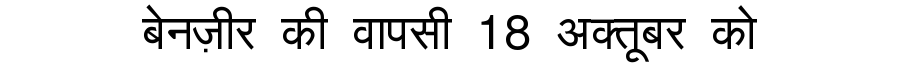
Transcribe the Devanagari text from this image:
बेनज़ीर की वापसी 18 अक्तूबर को